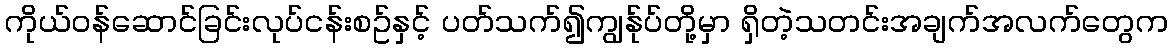
ကိုယ်ဝန်ဆောင်ခြင်းလုပ်ငန်းစဥ်နှင့် ပတ်သက်၍ကျွန်ုပ်တို့မှာ ရှိတဲ့သတင်းအချက်အလက်တွေက